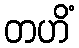
တဟိံ